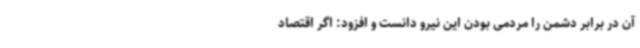
آن در برابر دشمن را مردمی بودن این نیرو دانست و افزود: اگر اقتصاد